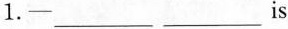
1.- ___ ___ is